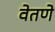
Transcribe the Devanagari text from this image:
वेतणे